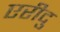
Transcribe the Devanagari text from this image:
एरीदु